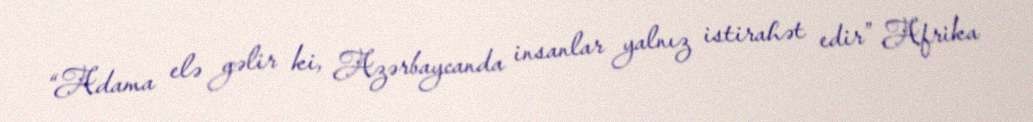
“Adama elə gəlir ki, Azərbaycanda insanlar yalnız istirahət edir” Afrika